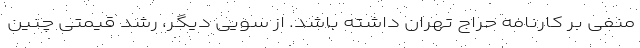
منفی بر کارنامه حراج تهران داشته باشد. از سویی دیگر، رشد قیمتی چنین